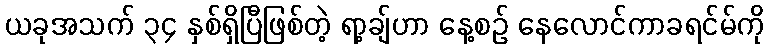
ယခုအသက် ၃၄ နှစ်ရှိပြီဖြစ်တဲ့ ရာ့ချ်ဟာ နေ့စဉ် နေလောင်ကာခရင်မ်ကို